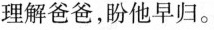
理解爸爸，盼他早归。